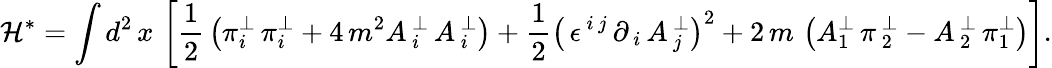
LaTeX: \mathcal{H}^{\ast}=\int d^{2}\, x\, \left[\frac{1}{2}\, \left(\pi_{i}^{\perp}\, \pi_{i}^{\perp}+4\, m^{2}A\, _{i}^{\perp}\, A\, _{i}^{\perp}\right)+\frac{1}{2}\left(\, \epsilon^{\, i\, j}\, \partial_{\, i}\, A\, _{j}^{\perp}\right)^{2}+2\, m\, \left(A_{1}^{\perp}\, \pi\, _{2}^{\perp}-A\, _{2}^{\perp}\, \pi_{1}^{\perp}\right)\right].